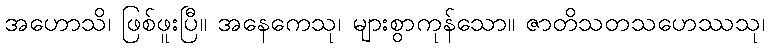
အဟောသိ၊ ဖြစ်ဖူးပြီ။ အနေကေသု၊ များစွာကုန်သော။ ဇာတိသတသဟေဿသု၊